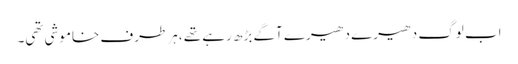
اب لوگ دھیرے دھیرے آگے بڑھ رہے تھے ،ہر طرف خاموشی تھی۔